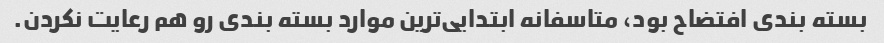
بسته بندی افتضاح بود، متاسفانه ابتدایی‌ترین موارد بسته بندی رو هم رعایت نکردن.